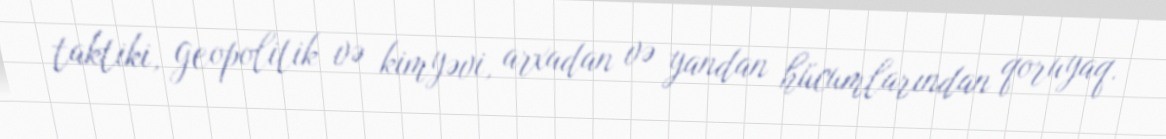
taktiki, geopolitik və kimyəvi, arxadan və yandan hücumlarından qoruyaq.